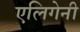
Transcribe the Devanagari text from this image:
एलिगेनी